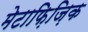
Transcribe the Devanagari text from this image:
मेटाफ़िज़िक